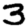
Digit: 3